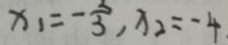
x _ { 1 } = - \frac { 2 } { 3 } , x _ { 2 } = - 4